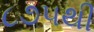
૮૭૫થી